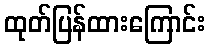
ထုတ်ပြန်ထားကြောင်း